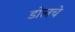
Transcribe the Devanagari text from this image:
डोलचे